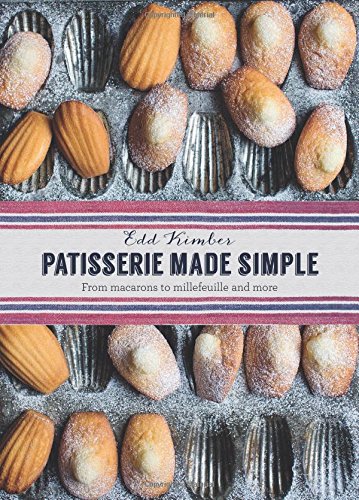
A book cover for Patisserie Made Simple: From Macarons to Millefeuille and more; Edd Kimber; Cookbooks, Food & Wine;